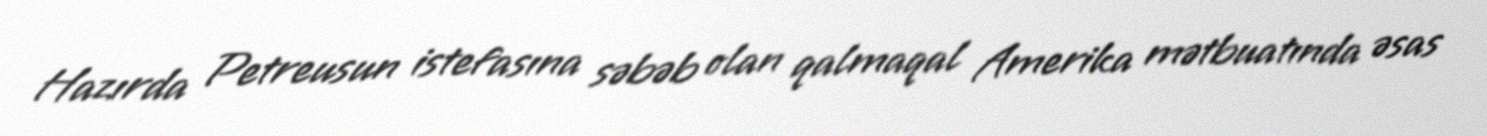
Hazırda Petreusun istefasına səbəb olan qalmaqal Amerika mətbuatında əsas